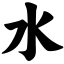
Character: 水